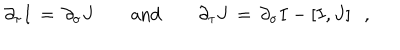
\partial _ { \tau } I \, = \, \partial _ { \sigma } J \qquad \mathrm { a n d } \qquad \partial _ { \tau } J \, = \, \partial _ { \sigma } I - \left[ I , J \right] \; \; ,